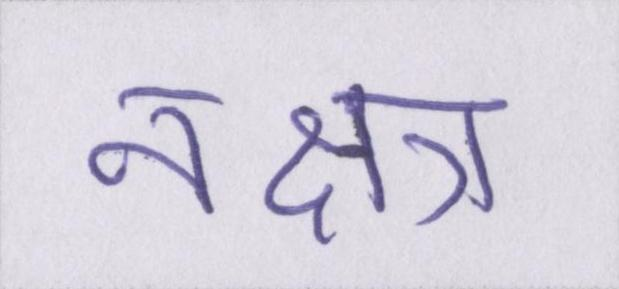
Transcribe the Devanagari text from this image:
नक्षत्र